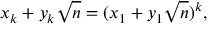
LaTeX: x _ { k } + y _ { k } { \sqrt { n } } = ( x _ { 1 } + y _ { 1 } { \sqrt { n } } ) ^ { k } ,